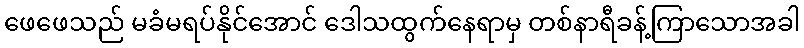
ဖေဖေသည် မခံမရပ်နိုင်အောင် ဒေါသထွက်နေရာမှ တစ်နာရီခန့်ကြာသောအခါ